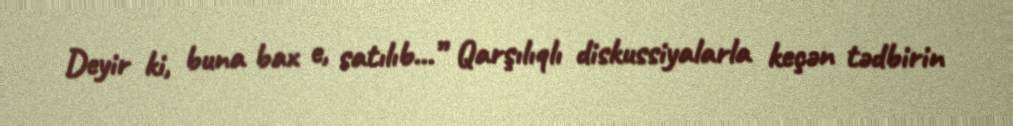
Deyir ki, buna bax e, satılıb...” Qarşılıqlı diskussiyalarla keçən tədbirin